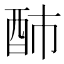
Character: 䣪